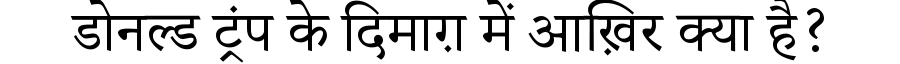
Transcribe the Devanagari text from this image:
डोनल्ड ट्रंप के दिमाग़ में आख़िर क्या है?